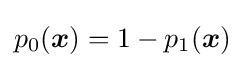
p_{0}({\boldsymbol {x}})=1-p_{1}({\boldsymbol {x}})